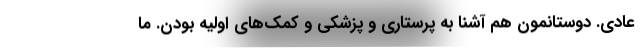
عادي. دوستانمون هم آشنا به پرستاري و پزشكي و كمك‌هاي اوليه بودن. ما